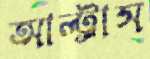
আল্ট্রাস